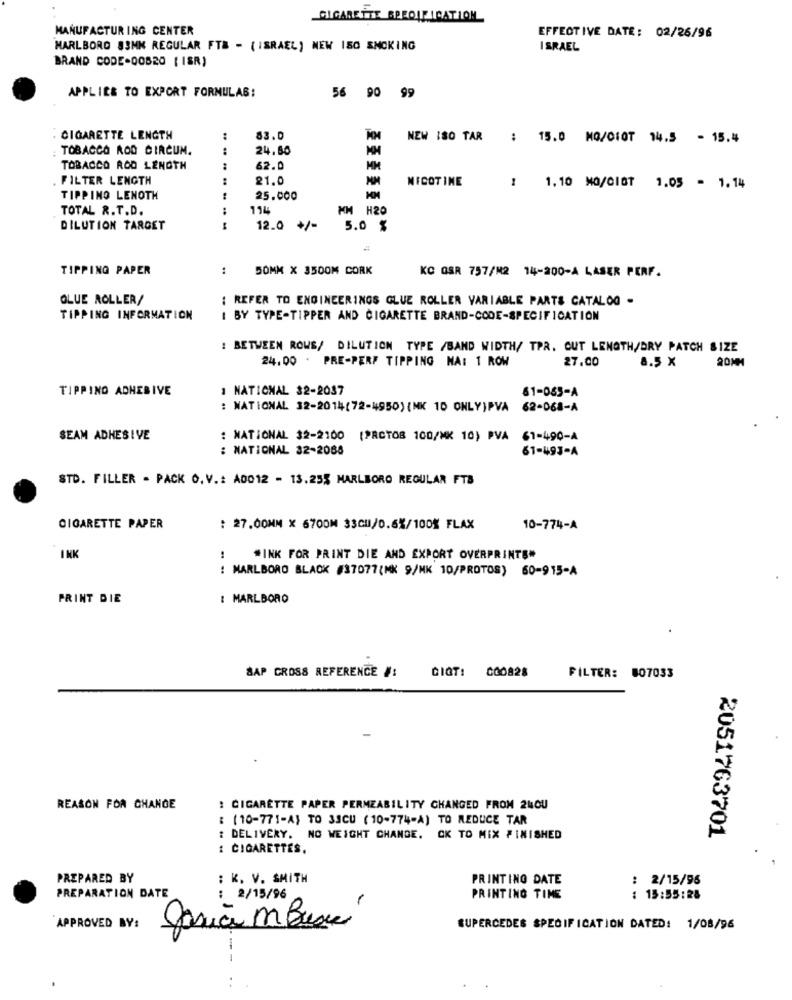
CIGARETTE SPROUT ICATION
MANUFACTURING CENTER
EFFECTIVE DATE: 02/26/96
MARLBORO 83MM REGULAR FTA - ( ISRAEL) NEW ISO SMOKING
ISRAEL
BRAND CODE-00820 [ ISR)
APPLIES TO EXPORT FORMULAS:
56 90 99
CIGARETTE LENGTH
:
83.0
NEW 180 TAR
: 15.0 MG/CIOT 14.5 - 15.4
TOBACCO ROD CIRCUM.
:
24.80
TOBACCO ROD LENGTH
62.0
FILTER LENGTH
21.0
NICOTINE
1.10 MO/CIOT 1.05 = 1.14
TIPPING LENOTH
25.000
TOTAL R.T.D.
114
MM H20
DILUTION TARGET
---
12.0 +/-
5.0 %
TIPPING PAPER
...
50MM X 3500M CORK
KC QSR 757/M2 14-200-A LASER PERF.
OLUE ROLLER/
: REFER TO ENGINEERINGS GLUE ROLLER VARIABLE PARTS CATALOG -
TIPPING INFORMATION
I BY TYPE-TIPPER AND CIGARETTE BRAND-CODE-SPECIFICATION
: BETWEEN ROWS/ DILUTION TYPE /BAND WIDTH/ TPR. CUT LENGTH/DRY PATCH SIZE
24.00 . PRE-PERF TIPPING NA: 1 ROW
27.00
20MM
8.5 X
TIPPING ADHESIVE
1 NATIONAL 32-2037
61-085-A
: NATIONAL 32-2014(72-4950) (NK 10 ONLY)PVA
62-068-A
SEAM ADHESIVE
: NATIONAL 32-2100 (PROTO8 100/MK 10) PVA
61-490-A
: NATIONAL 32-2088
61-493-A
STD. FILLER - PACK O. V .: A0012 - 13.255 MARLBORO REGULAR FTB
CIGARETTE PAPER
: 27.00MM X 6700M 33CM/0.6%/100% FLAX
10-774-A
INK
#INK FOR PRINT DIE AND EXPORT OVERPRINTS"
: MARLBORO BLACK #37077(MK 9/MK 10/PROTOS) 60-915-A
PRINT DIE
: MARLBORO
DIGT: 000828
SAP CROSS REFERENCE #:
FILTER: 007033
REASON FOR CHANGE
: CIGARETTE PAPER PERMEABILITY CHANGED FROM 24OU
: (10-771-A) TO 3SCU (10-774-A) TO REDUCE TAR
2051763701
: DELIVERY. NO WEIGHT CHANGE. CK TO MIX FINISHED
1 CIGARETTES.
PREPARED BY
: K. V. SMITH
PRINTING DATE
: 2/15/96
PREPARATION DATE
: 2/15/96
PRINTING TIME
: 15:55:28
APPROVED BY:
Jasiã m Buscá
SUPERCEDES SPECIFICATION DATED: 1/08/96